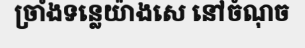
ច្រាំងទន្លេយ៉ាងសេ នៅចំណុច